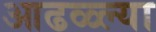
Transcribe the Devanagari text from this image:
आढळ्ल्या